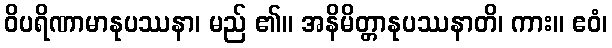
ဝိပရိဏာမာနုပဿနာ၊ မည် ၏။ အနိမိတ္တာနုပဿနာတိ၊ ကား။ ဧဝံ၊